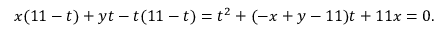
x ( 1 1 - t ) + y t - t ( 1 1 - t ) = t ^ { 2 } + ( - x + y - 1 1 ) t + 1 1 x = 0 .